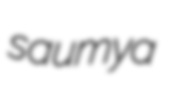
saumya